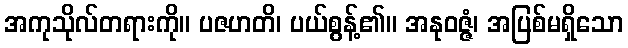
အကုသိုလ်တရားကို။ ပဇဟတိ၊ ပယ်စွန့်၏။ အနုဝဇ္ဇံ၊ အပြစ်မရှိသော